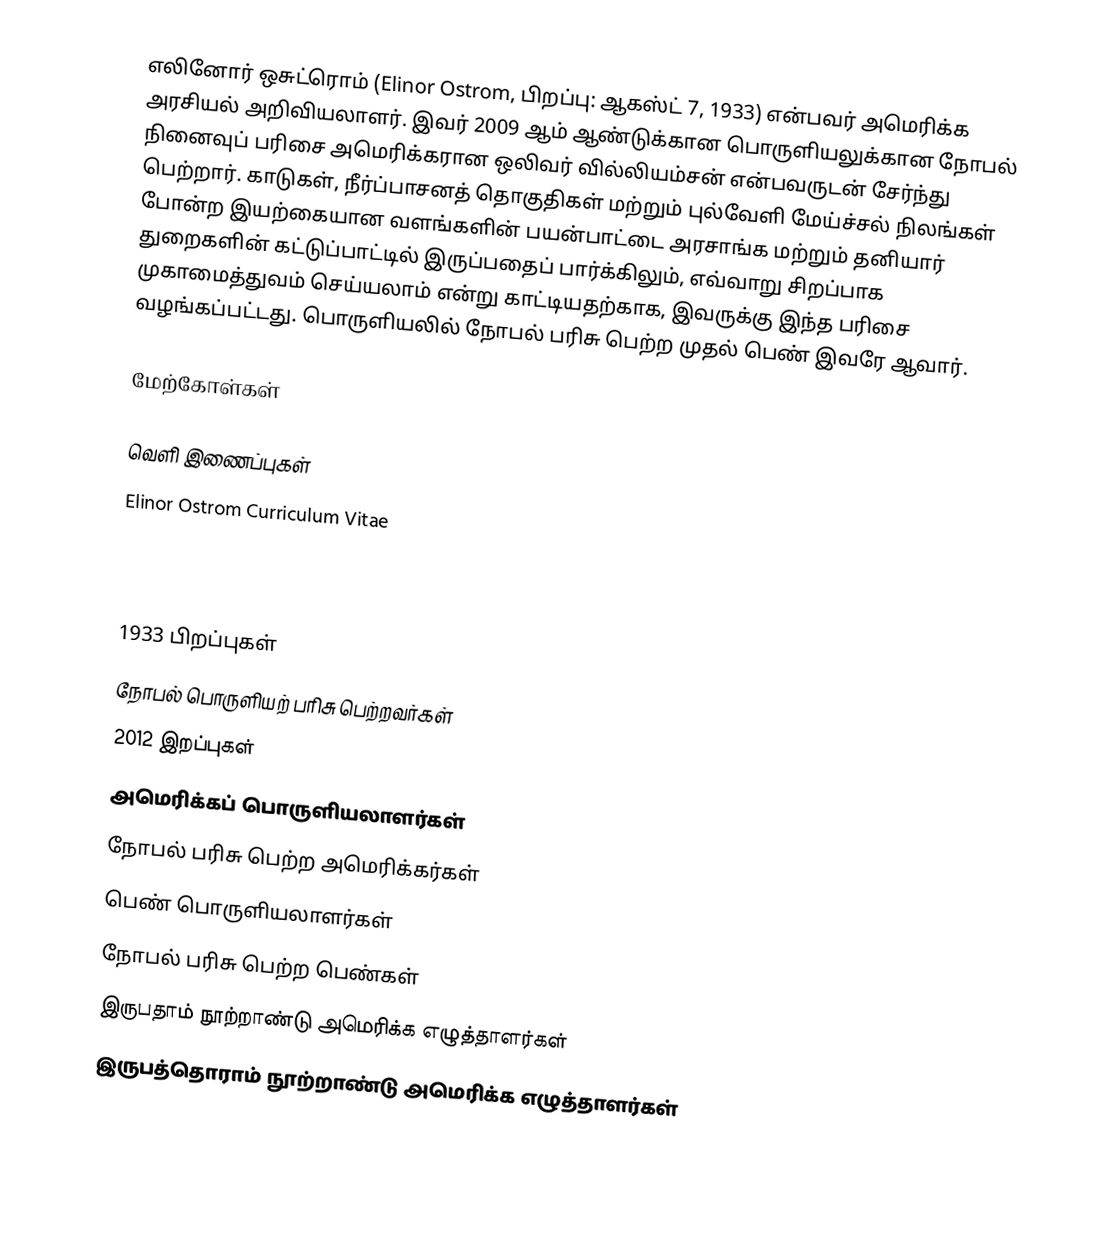
எலினோர் ஒசுட்ரொம் (Elinor Ostrom, பிறப்பு: ஆகஸ்ட் 7, 1933) என்பவர் அமெரிக்க அரசியல் அறிவியலாளர். இவர் 2009 ஆம் ஆண்டுக்கான பொருளியலுக்கான நோபல் நினைவுப் பரிசை அமெரிக்கரான ஒலிவர் வில்லியம்சன் என்பவருடன் சேர்ந்து பெற்றார். காடுகள், நீர்ப்பாசனத் தொகுதிகள் மற்றும் புல்வேளி மேய்ச்சல் நிலங்கள் போன்ற இயற்கையான வளங்களின் பயன்பாட்டை அரசாங்க மற்றும் தனியார் துறைகளின் கட்டுப்பாட்டில் இருப்பதைப் பார்க்கிலும், எவ்வாறு சிறப்பாக முகாமைத்துவம் செய்யலாம் என்று காட்டியதற்காக, இவருக்கு இந்த பரிசை வழங்கப்பட்டது. பொருளியலில் நோபல் பரிசு பெற்ற முதல் பெண் இவரே ஆவார்.

மேற்கோள்கள்

வெளி இணைப்புகள்
 Elinor Ostrom Curriculum Vitae
 Center for the Study of Institutional Diversity
 Press release from the Royal Swedish Academy of Sciences announcing her Nobel Prize in Economics (October 12, 2009).

1933 பிறப்புகள்
நோபல் பொருளியற் பரிசு பெற்றவர்கள்
2012 இறப்புகள்
அமெரிக்கப் பொருளியலாளர்கள்
நோபல் பரிசு பெற்ற அமெரிக்கர்கள்
பெண் பொருளியலாளர்கள்
நோபல் பரிசு பெற்ற பெண்கள்
இருபதாம் நூற்றாண்டு அமெரிக்க எழுத்தாளர்கள்
இருபத்தொராம் நூற்றாண்டு அமெரிக்க எழுத்தாளர்கள்